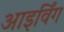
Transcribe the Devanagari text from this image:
आइर्विंग